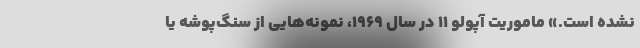
نشده است.» ماموریت آپولو ۱۱ در سال ۱۹۶۹، نمونه‌هایی از سنگ‌پوشه یا